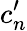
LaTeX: c_{n}^{\prime}